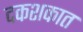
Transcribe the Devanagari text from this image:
दकशकात